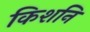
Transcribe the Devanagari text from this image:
किशनि